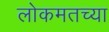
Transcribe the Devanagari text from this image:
लोकमतच्या